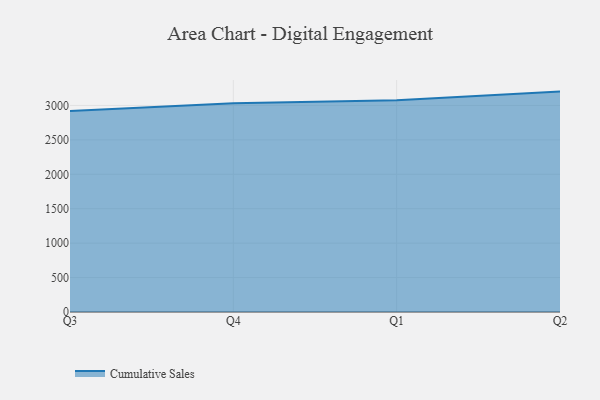
{"axis": {"x": "Quarter", "y": "Tickets Resolved"}, "legend": ["Cumulative Sales"], "data": [{"x": "Q3", "y": 2920.2, "type": "Cumulative Sales"}, {"x": "Q4", "y": 3033.4, "type": "Cumulative Sales"}, {"x": "Q1", "y": 3077.2, "type": "Cumulative Sales"}, {"x": "Q2", "y": 3201.3, "type": "Cumulative Sales"}]}